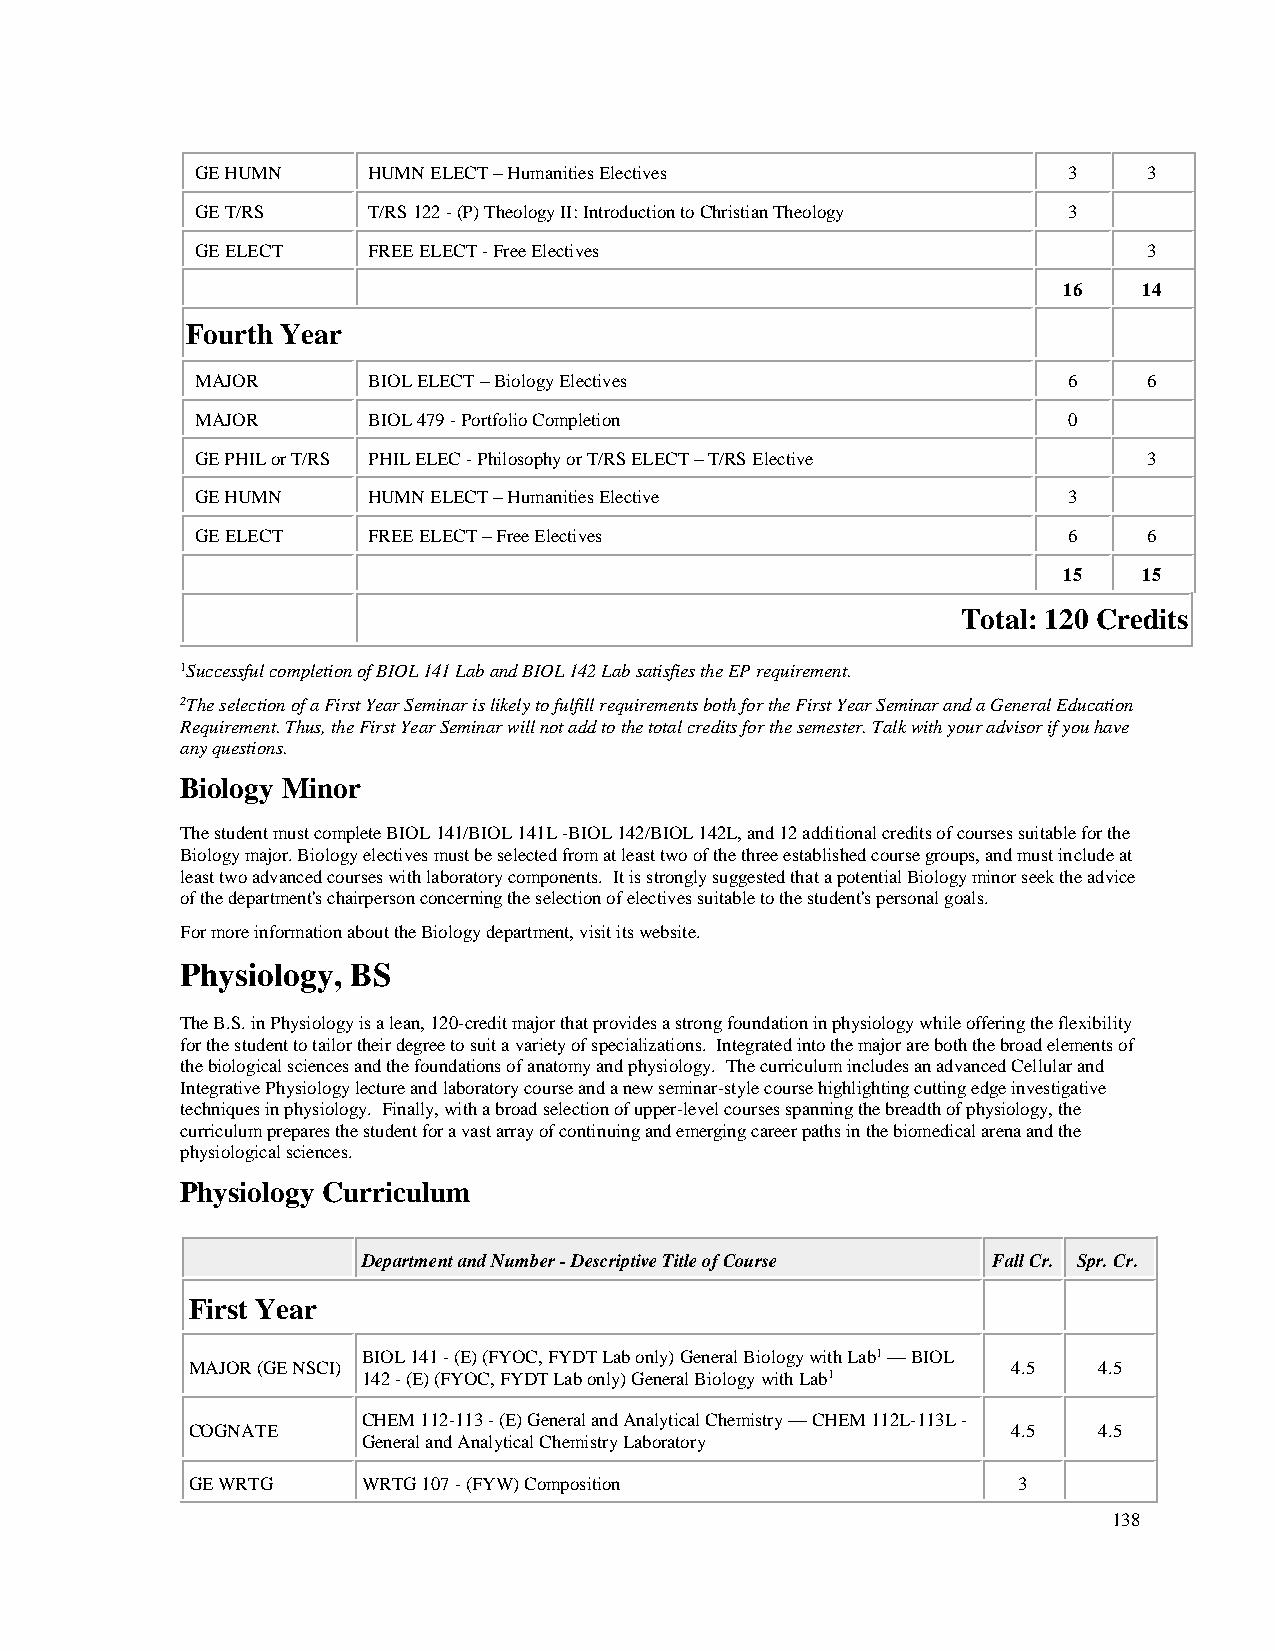
GE HUMN    HUMN ELECT – Humanities Electives              3    3
 GE T/RS    T/RS 122 - (P) Theology II: Introduction to Christian Theology 3
 GE ELECT   FREE ELECT - Free Electives                         3
 16    14
 Fourth Year
 MAJOR      BIOL ELECT – Biology Electives                 6    6
 MAJOR      BIOL 479 - Portfolio Completion                0
 GE PHIL or T/RS PHIL ELEC - Philosophy or T/RS ELECT – T/RS Elective 3
 GE HUMN    HUMN ELECT – Humanities Elective               3
 GE ELECT   FREE ELECT – Free Electives                    6    6
 15    15
 Total: 120 Credits
 1Successful completion of BIOL 141 Lab and BIOL 142 Lab satisfies the EP requirement.
 2The selection of a First Year Seminar is likely to fulfill requirements both for the First Year Seminar and a General Education
 Requirement. Thus, the First Year Seminar will not add to the total credits for the semester. Talk with your advisor if you have
 any questions.
 Biology Minor
 The student must complete BIOL 141/BIOL 141L -BIOL 142/BIOL 142L, and 12 additional credits of courses suitable for the
 Biology major. Biology electives must be selected from at least two of the three established course groups, and must include at
 least two advanced courses with laboratory components. It is strongly suggested that a potential Biology minor seek the advice
 of the department's chairperson concerning the selection of electives suitable to the student's personal goals.
 For more information about the Biology department, visit its website.
 Physiology, BS
 The B.S. in Physiology is a lean, 120-credit major that provides a strong foundation in physiology while offering the flexibility
 for the student to tailor their degree to suit a variety of specializations. Integrated into the major are both the broad elements of
 the biological sciences and the foundations of anatomy and physiology. The curriculum includes an advanced Cellular and
 Integrative Physiology lecture and laboratory course and a new seminar-style course highlighting cutting edge investigative
 techniques in physiology. Finally, with a broad selection of upper-level courses spanning the breadth of physiology, the
 curriculum prepares the student for a vast array of continuing and emerging career paths in the biomedical arena and the
 physiological sciences.
 Physiology Curriculum
 Department and Number - Descriptive Title of Course Fall Cr. Spr. Cr.
 First Year
 BIOL 141 - (E) (FYOC, FYDT Lab only) General Biology with Lab1 — BIOL
 MAJOR (GE NSCI)                                        4.5   4.5
 142 - (E) (FYOC, FYDT Lab only) General Biology with Lab1
 CHEM 112-113 - (E) General and Analytical Chemistry — CHEM 112L-113L -
 COGNATE                                                4.5   4.5
 General and Analytical Chemistry Laboratory
 GE WRTG     WRTG 107 - (FYW) Composition               3
 138